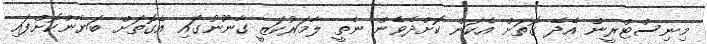
މިނިސްޓްރީން އެދޭ ގޮތަށް އެކަން ކޮށްދެވެން ނެތީ ލާމަރުކަޒީ ގާނޫނުގައި އެގޮތަށް ބަޔާންކޮށްފައި